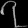
Digit: ၇